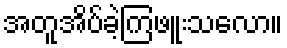
အတူအိပ်ခဲ့ကြဖူးသလော။